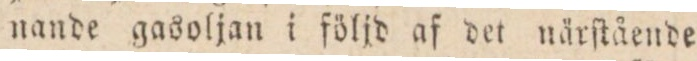
nande gasoljan i följd af det närſtående